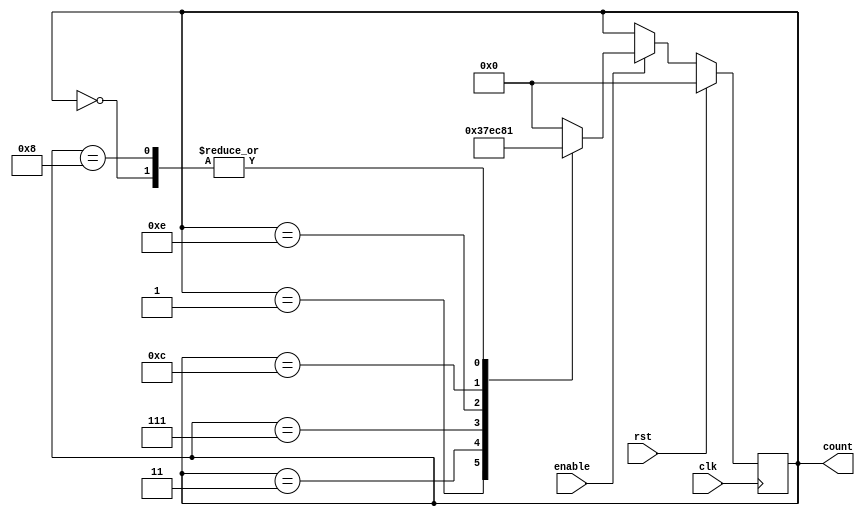
module johnson_counter (
    input wire clk,
    input wire rst,
    input wire enable,
    output reg [3:0] count
);

reg [3:0] next_state;

always @(posedge clk) begin
    if (rst) begin
        count <= 4'b0000;
    end else begin
        if (enable) begin
            count <= next_state;
        end
    end
end

always @* begin
    case(count)
        4'b0000: next_state = 4'b0001;
        4'b0001: next_state = 4'b0011;
        4'b0011: next_state = 4'b0111;
        4'b0111: next_state = 4'b1110;
        4'b1110: next_state = 4'b1100;
        4'b1100: next_state = 4'b1000;
        4'b1000: next_state = 4'b0001;
        default: next_state = 4'b0000;
    endcase
end

endmodule